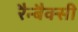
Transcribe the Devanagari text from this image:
रैन्बैक्सी